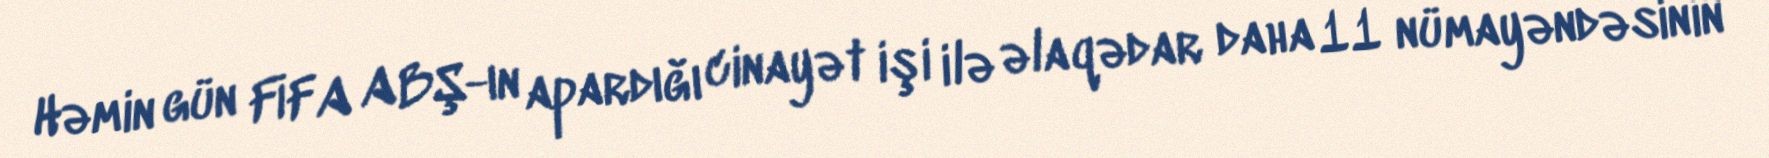
Həmin gün FİFA ABŞ-ın apardığı cinayət işi ilə əlaqədar daha 11 nümayəndəsinin